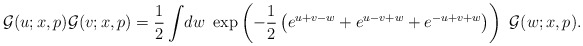
\begin{align*}\mathcal{G}(u;x,p)\* \mathcal{G}(v;x,p)={\frac{1}{2}}\int \!dw~\exp \left( -{ \frac{1}{2}}\left( e^{u+v-w}+e^{u-v+w}+e^{-u+v+w}\right) \right) ~ \mathcal{G }(w;x,p). \end{align*}